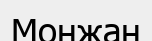
Монжан